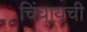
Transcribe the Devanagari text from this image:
चिंघायची